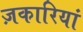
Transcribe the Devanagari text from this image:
ज़कारियां